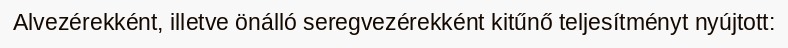
Alvezérekként, illetve önálló seregvezérekként kitűnő teljesítményt nyújtott: